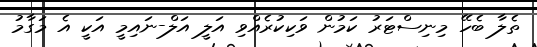
ތެލާ ބެހޭ މިނިސްޓަރު ކަމުން ވަކިކުރެއްވި އަލީ އަލް-ނައިމީ އަކީ އެ މަގާމު